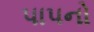
પાપનો